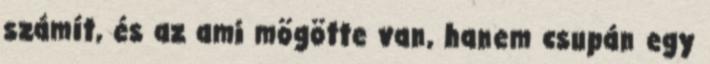
számít, és az ami mögötte van, hanem csupán egy